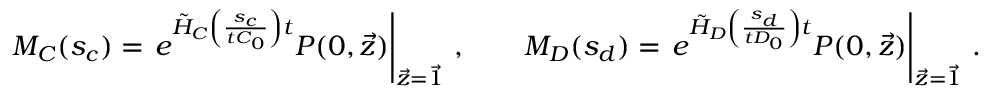
M _ { C } ( s _ { c } ) = \left. e ^ { \tilde { H } _ { C } \left( \frac { s _ { c } } { t C _ { 0 } } \right) t } P ( 0 , \vec { z } ) \right| _ { \vec { z } = \vec { 1 } } \, , \qquad M _ { D } ( s _ { d } ) = \left. e ^ { \tilde { H } _ { D } \left( \frac { s _ { d } } { t D _ { 0 } } \right) t } P ( 0 , \vec { z } ) \right| _ { \vec { z } = \vec { 1 } } \, .